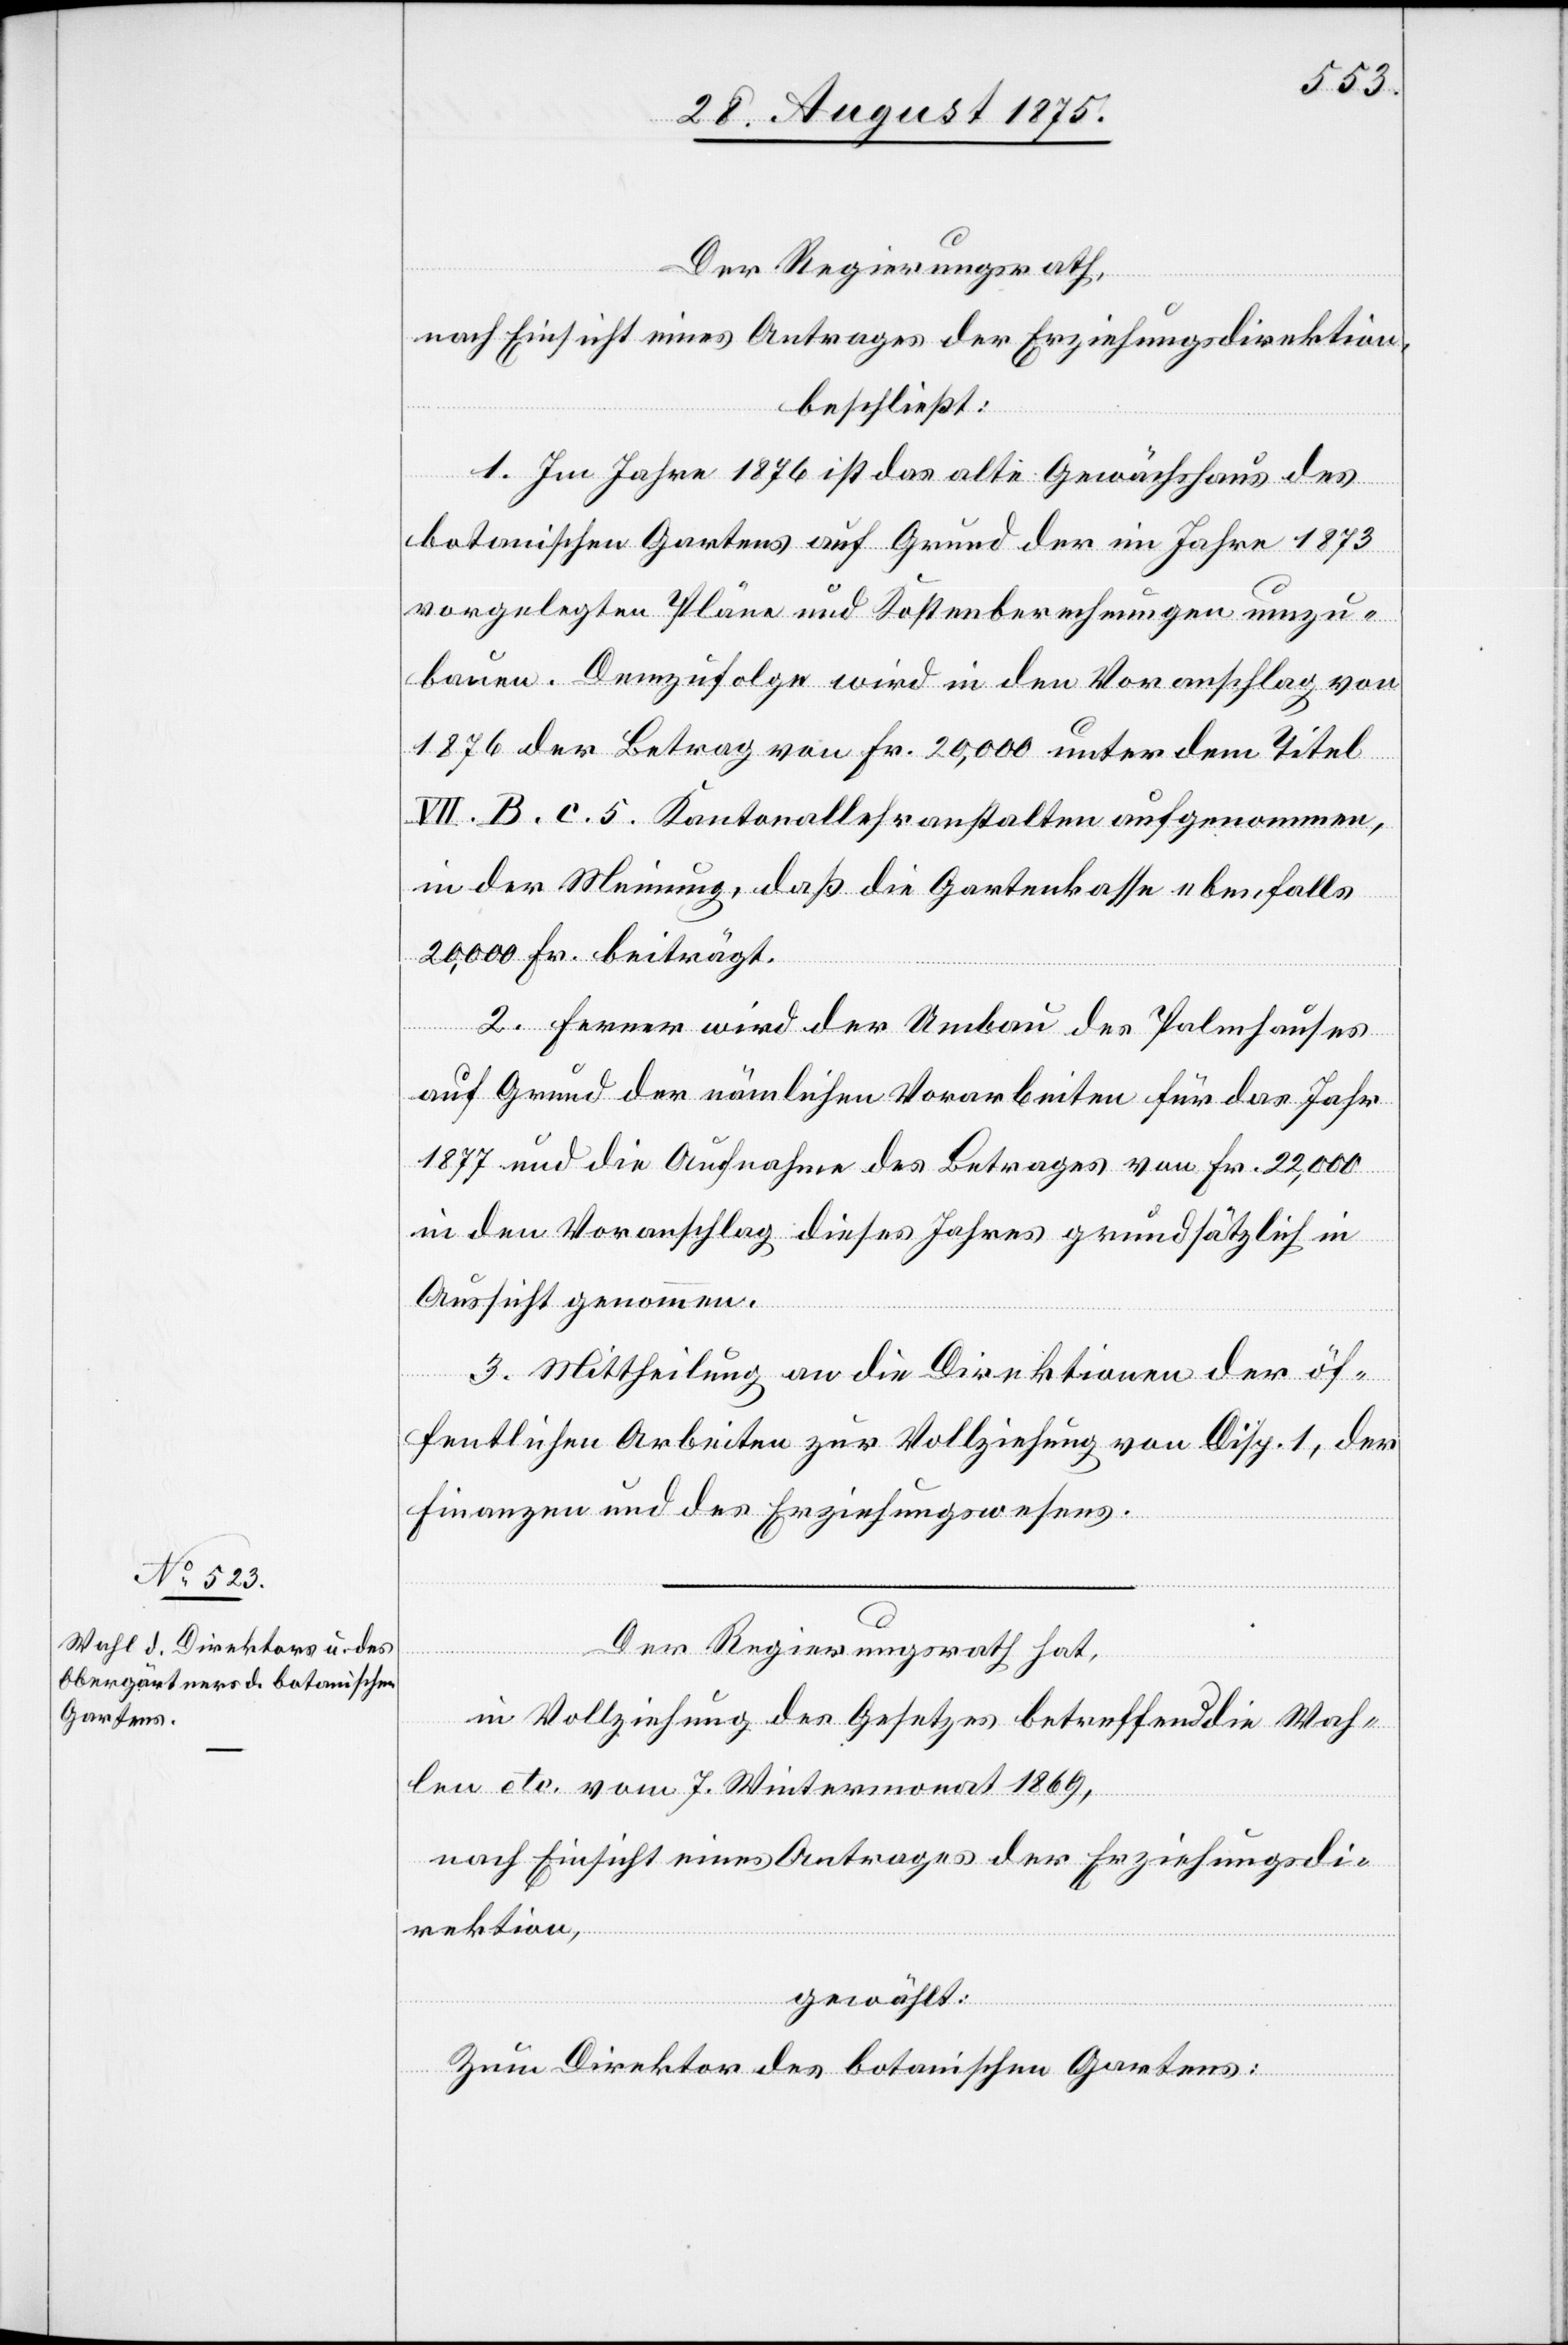
Der Regierungsrath,
nach Einsicht eines Antrages der Erziehungsdirektion,
beschließt:
1. Im Jahre 1876 ist das alte Gewächshaus des
botanischen Gartens auf Grund der im Jahre 1873
vorgelegten Pläne und Kostenberechnungen umzu¬
bauen. Demzufolge wird in den Voranschlag von
1876 der Betrag von Fr. 20,000 unter dem Titel
VII. B. c. 5. Kantonallehranstalten aufgenommen,
in der Meinung, daß die Gartenkasse ebenfalls
20,000 Fr. beiträgt.
2. Ferner wird der Umbau des Palmhauses
auf Grund der nämlichen Vorarbeiten für das Jahr
1877 und die Aufnahme des Betrages von Fr. 22,000
in den Voranschlag dieses Jahres grundsätzlich in
Aussicht genommen.
3. Mittheilung an die Direktionen der öf¬
fentlichen Arbeiten zur Vollziehung von Disp. 1, der
Finanzen und des Erziehungswesens.
Der Regierungsrath hat,
in Vollziehung des Gesetzes betreffend die Wah¬
len etc. vom 7. Wintermonat 1869,
nach Einsicht eines Antrages der Erziehungsdi¬
rektion,
gewählt:
Zum Direktor des botanischen Gartens: